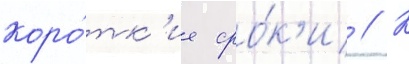
коро́тк'ие сро́к'и // К